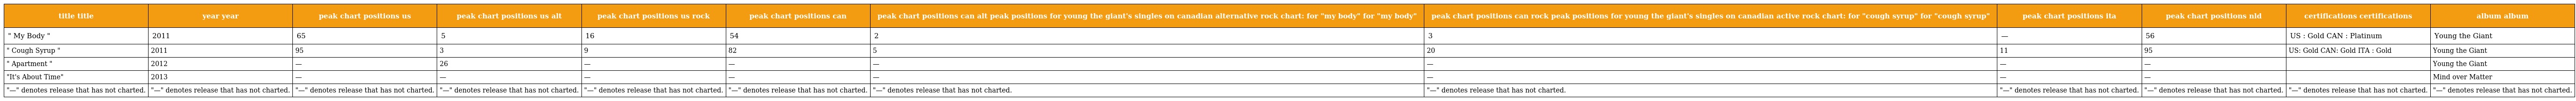
| title title | year year | peak chart positions us | peak chart positions us alt | peak chart positions us rock | peak chart positions can | peak chart positions can alt peak positions for young the giant's singles on canadian alternative rock chart: for "my body" for "my body" | peak chart positions can rock peak positions for young the giant's singles on canadian active rock chart: for "cough syrup" for "cough syrup" | peak chart positions ita | peak chart positions nld | certifications certifications | album album |
 | --- | --- | --- | --- | --- | --- | --- | --- | --- | --- | --- | --- |
 | " My Body " | 2011 | 65 | 5 | 16 | 54 | 2 | 3 | — | 56 | US : Gold CAN : Platinum | Young the Giant |
 | " Cough Syrup " | 2011 | 95 | 3 | 9 | 82 | 5 | 20 | 11 | 95 | US: Gold CAN: Gold ITA : Gold | Young the Giant |
 | " Apartment " | 2012 | — | 26 | — | — | — | — | — | — |  | Young the Giant |
 | "It's About Time" | 2013 | — | — | — | — | — | — | — | — |  | Mind over Matter |
 | "—" denotes release that has not charted. | "—" denotes release that has not charted. | "—" denotes release that has not charted. | "—" denotes release that has not charted. | "—" denotes release that has not charted. | "—" denotes release that has not charted. | "—" denotes release that has not charted. | "—" denotes release that has not charted. | "—" denotes release that has not charted. | "—" denotes release that has not charted. | "—" denotes release that has not charted. | "—" denotes release that has not charted. |